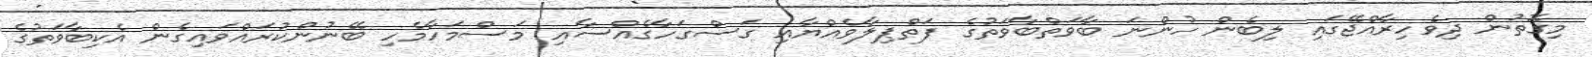
މިގޮތުން ދިވެހިރާއްޖޭގައި ލިބެން ހުންނަ ބާވަތްބާވަތުގެ ފަތްޕިލާވެއްޔާއި ގަސްގަހާގެއްސާއި މަސްމަހާމެހި ބޭނުންކުރައްވައިގެން އެކިބާވަތުގެ